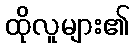
ထိုလူများ၏